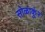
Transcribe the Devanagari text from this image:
सोळाकुंर